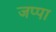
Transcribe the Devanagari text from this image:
जप्पा